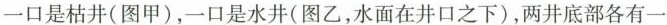
一口是枯井(图甲)，一口是水井(图乙，水面在井口之下)，两井底部各有一